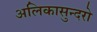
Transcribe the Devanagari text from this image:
अलिकासुन्दरो